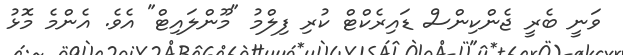
ވަނީ ބެރީ ޖެންކިންސް ޑައިރެކްޓް ކުރި ފިލްމު "މޫންލައިޓް" އެވެ. އެންމެ މޮޅު